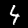
Digit: 4